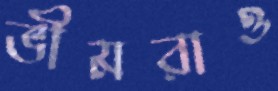
ভীমরাও